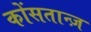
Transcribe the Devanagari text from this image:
कोंसतान्ज़